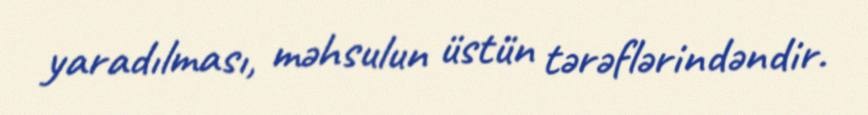
yaradılması, məhsulun üstün tərəflərindəndir.